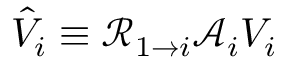
\hat { V } _ { i } \equiv \mathcal { R } _ { 1 \rightarrow i } \mathcal { A } _ { i } V _ { i }